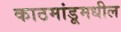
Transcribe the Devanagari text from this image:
काठमांडूमधील